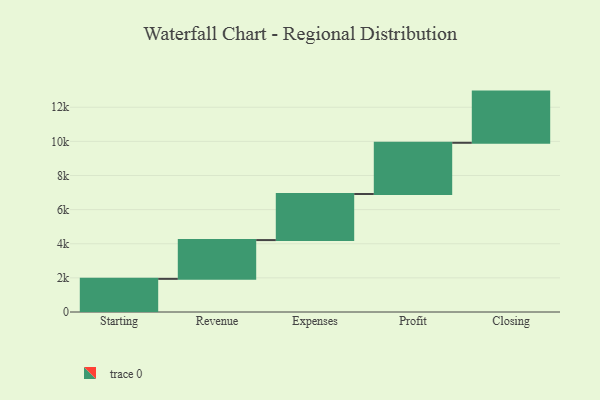
{"axis": {"x": "Step", "y": "Value"}, "legend": [""], "data": [{"x": "Starting", "y": 1942.0, "type": ""}, {"x": "Revenue", "y": 2273.0, "type": ""}, {"x": "Expenses", "y": 2702.0, "type": ""}, {"x": "Profit", "y": 3000, "type": ""}, {"x": "Closing", "y": 3000, "type": ""}]}